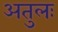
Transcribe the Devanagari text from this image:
अतुलः